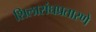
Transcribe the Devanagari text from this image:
शिलासंघप्रतारणे